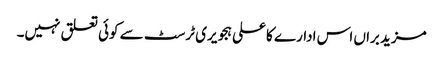
مزید براں اس ادارے کا علی ہجویری ٹرسٹ سے کوئی تعلق نہیں۔